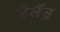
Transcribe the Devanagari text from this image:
डेलैंड्र